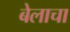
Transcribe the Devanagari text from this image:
बेलाचा